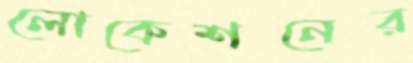
লোকেশনের